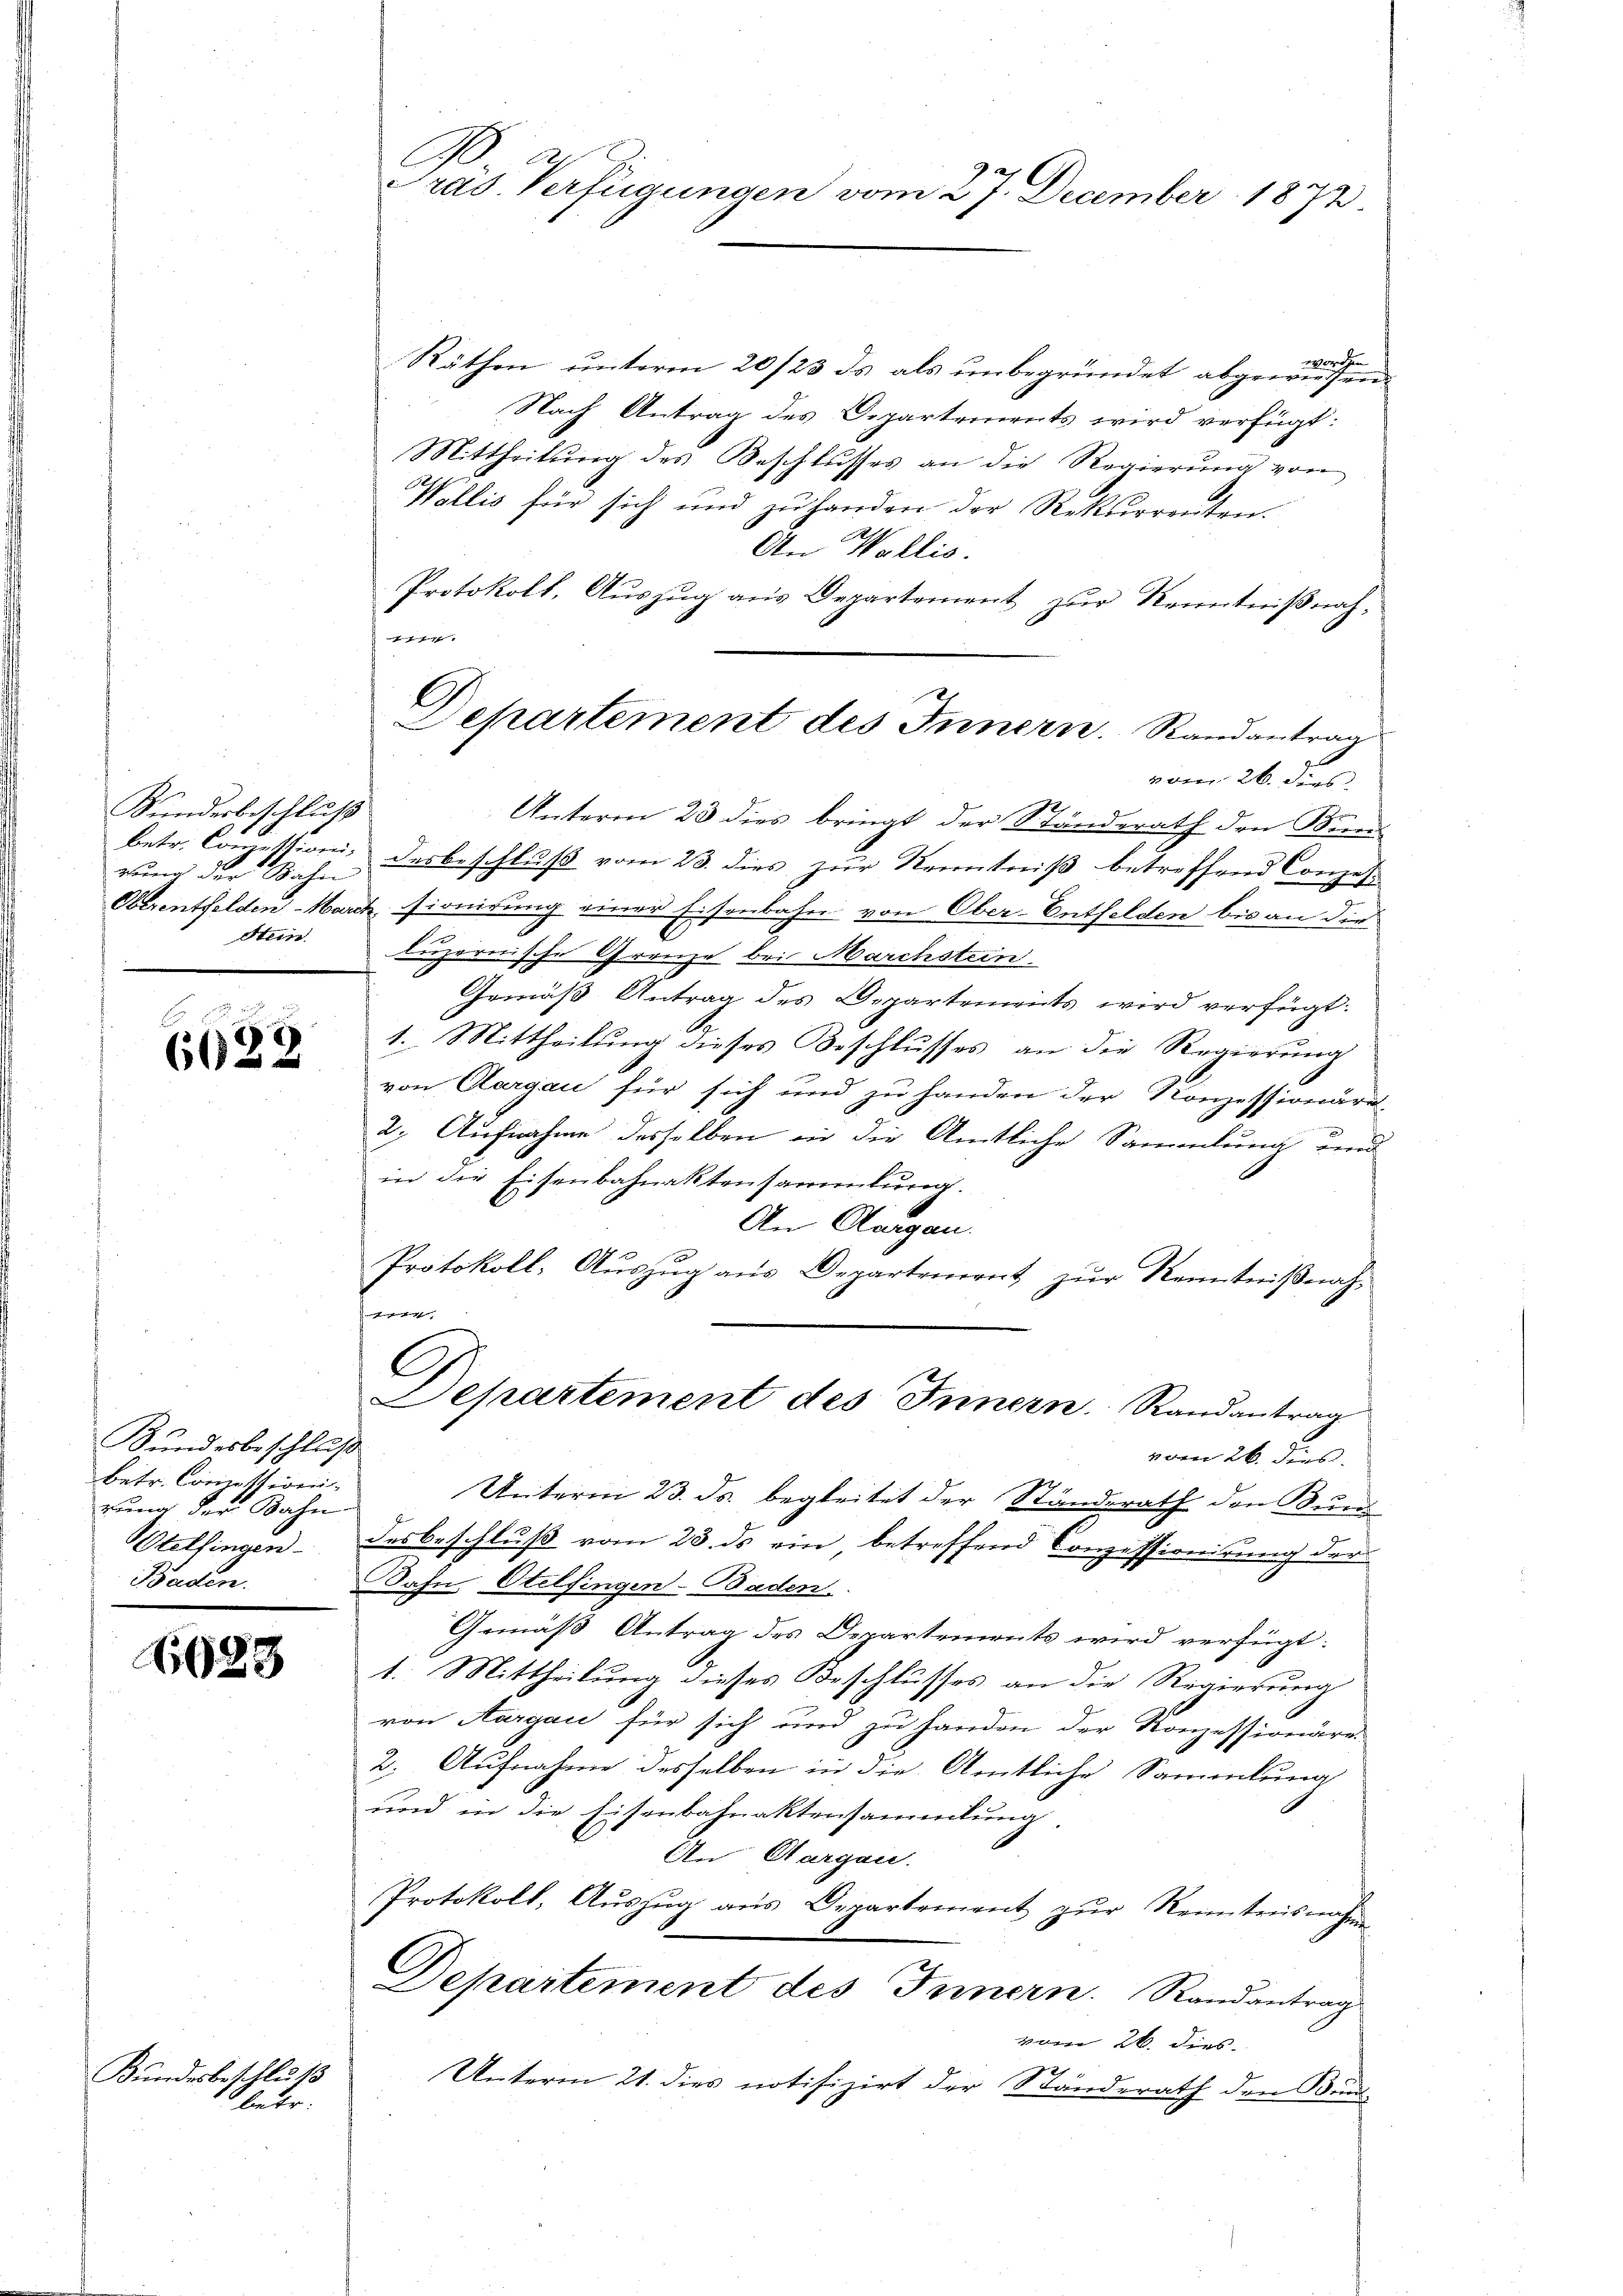
Sundesbeschluß
rung der Bahn
Stein.

6622

Kundesbeschluß
betr. Commissioni
rung der Bahn
Otelfingen
Baden.

(1638

Räthen unterm 20/23. ds als unbegründet abgewiesen
Nach Antrag des Departements wird verfügt:
Mittheilŭng des Beschlŭsses an die Regierŭng von
Wollis für sich und zu handen der Rekurrenten.
An Wallis.
Protokoll, Aŭszŭg ans Departement zŭr Kenntniβnah-
7
vom 26. dies
Unterm 23 dies bringt der Ständerath den Mund
betr. Conzession, desbeschluß vom 23. dies zur Kenntniß betreffend Conzes-
Oberentfelden-Marck sionirung einer Eisenbahn von Ober-Entfelden bis an die
luzernische Grenze bei Marchstein
Gemäß Antrag des Departements wird verfügt:
1. Mittheilung dieses Beschlusses, an die Regierung
von Aargau für sich und zu handen der Konzessionäre
2. Aufnahme desselben in die Amtliche Sammlung und
in die Eisenbahnaktensammlung.
An Aargau.
Protokoll, Auszug aus Departement zur Kenntnißnah¬
7
G
Departement des Innern Randantrag
von 26. dies
Unterm 23. ds. begleitet der Standerath den Bund
desbeschluß vom 28. ds ein betreffend Conzessionirung der
Bahn Otelfingen-Baden.
Gemäß Antrag des Departements wird verfügt:
1. Mittheilung dieses Beschlusses an die Regierung
von Aargau für sich und zu Handen der Konzessionäre.
2. Aufnahme desselben in die Amtliche Sammlung
und in die Eisenbahnaktensammlung.
An Aargau.
Protokoll, Aŭszŭg aŭs Departement zŭr Reintresnahme
Departement des Innern. Randantrag
vom 26. dies
2
Unterm 21. dies notifizirt der Ständerath den Bund¬

Bundesbeschluß
betr.

E
Präs. Verfügungen vom 27. December 1872

l
Departement des Innern. Randantrag